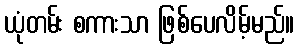
ယုံတမ်း စကားသာ ဖြစ်ပေလိမ့်မည်။